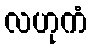
လဟုကံ